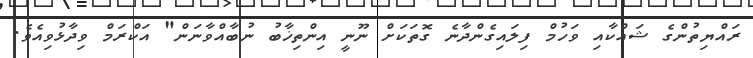
ރައްޔިތުންގެ ޝައްކާއި ވަހުމް ފިލައިގެންދާނެ ގޮތަަކަށް ނޫނީ އިންތިޚާބު ނުބާއްވާނަން" އަކްރަމް ވިދާޅުވިއެވެ.